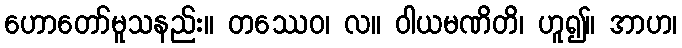
ဟောတော်မူသနည်း။ တဿေဝ၊ လ။ ဝါယမဏိတိ၊ ဟူ၍။ အာဟ၊